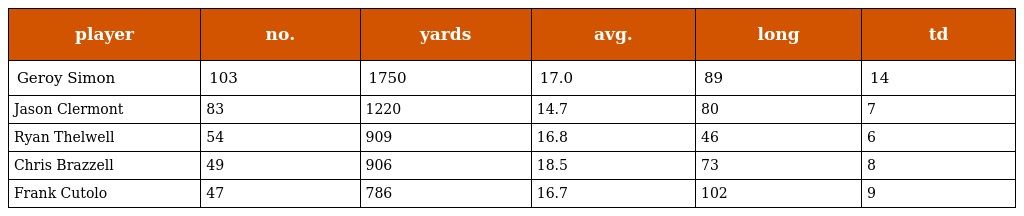
| player | no. | yards | avg. | long | td |
 | --- | --- | --- | --- | --- | --- |
 | Geroy Simon | 103 | 1750 | 17.0 | 89 | 14 |
 | Jason Clermont | 83 | 1220 | 14.7 | 80 | 7 |
 | Ryan Thelwell | 54 | 909 | 16.8 | 46 | 6 |
 | Chris Brazzell | 49 | 906 | 18.5 | 73 | 8 |
 | Frank Cutolo | 47 | 786 | 16.7 | 102 | 9 |